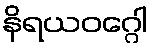
နိရယဝဂ္ဂေါ